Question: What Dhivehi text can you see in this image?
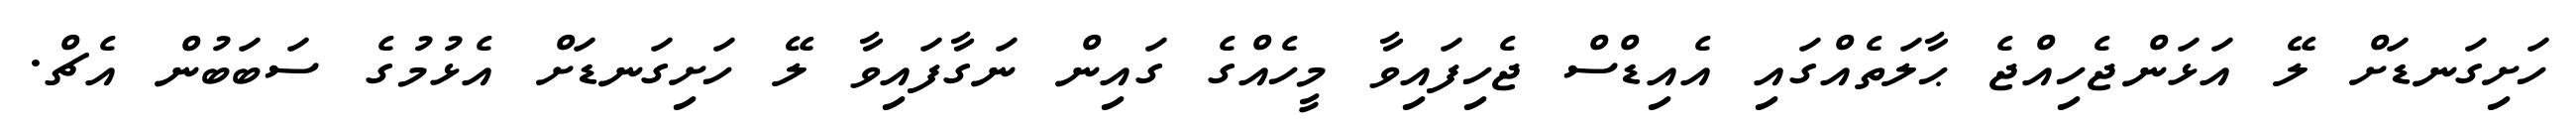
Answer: ހަށިގަނޑަށް ލޭ އަޅަންޖެހިއްޖެ ޙާލަތެއްގައި އެއިޑްސް ޖެހިފައިވާ މީހެއްގެ ގައިން ނަގާފައިވާ ލޭ ހަށިގަނޑަށް އެޅުމުގެ ސަބަބުން އެޗް.